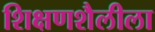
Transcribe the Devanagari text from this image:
शिक्षणशैलीला